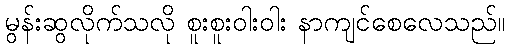
မွန်းဆွလိုက်သလို စူးစူးဝါးဝါး နာကျင်စေလေသည်။